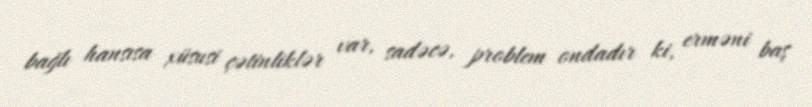
bağlı hansısa xüsusi çətinliklər var, sadəcə, problem ondadır ki, erməni baş